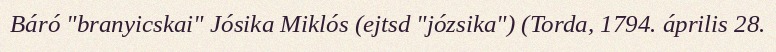
Báró "branyicskai" Jósika Miklós (ejtsd "józsika") (Torda, 1794. április 28.